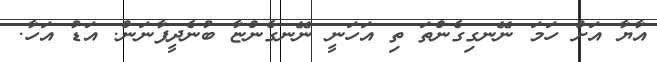
އާޔާ އަށް ހަމަ ނޭނގިގެންތަ ތި އަހަނީ ނޭނގެންޏާ ބުނެދީފާނަން. އަޑު އަހާ.